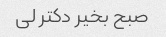
صبح بخیر دکتر لی